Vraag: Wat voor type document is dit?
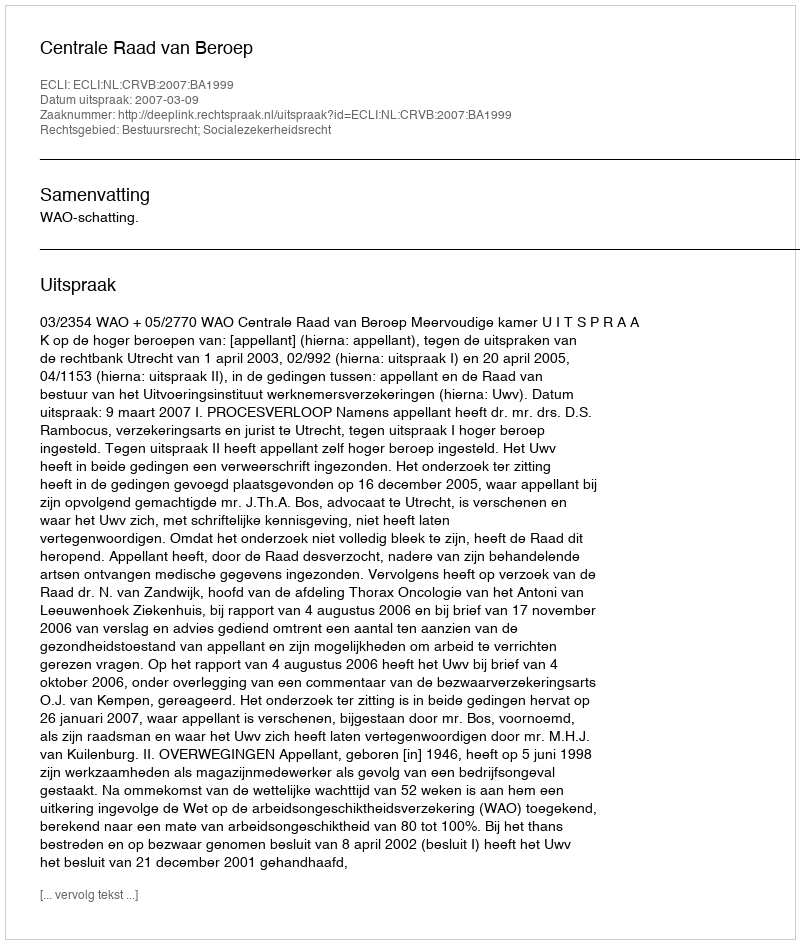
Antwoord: Uitspraak